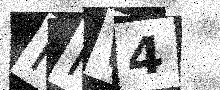
Text: HMW4